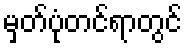
မှတ်ပုံတင်ရာတွင်